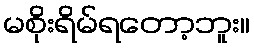
မစိုးရိမ်ရတော့ဘူး။